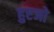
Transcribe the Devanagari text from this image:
हुएजो